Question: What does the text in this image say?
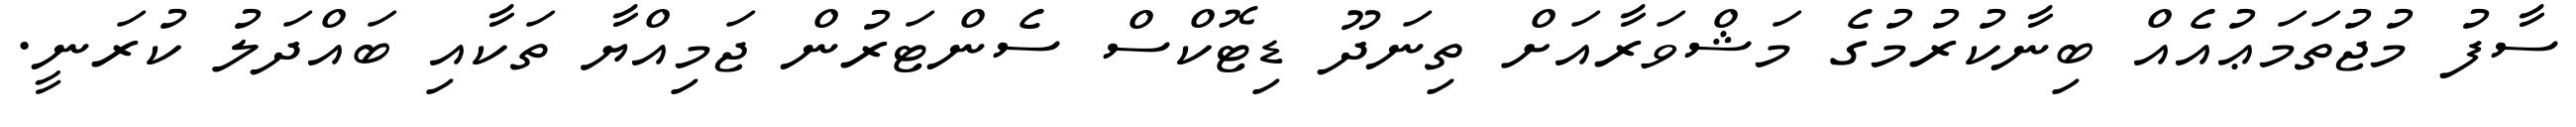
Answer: ސާފު މުޖުތަމަޢުއެއް ބިނާކުރުމުގެ މަޝްވަރާއަށް ތިނަދޫ ޑިޓޮކްސް ސެންޓަރުން ޖަމިއްޔާ ތަކާއި ބައްދަލު ކުރަނީ.